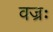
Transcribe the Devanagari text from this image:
वज्रः